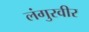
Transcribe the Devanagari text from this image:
लंगुरवीर